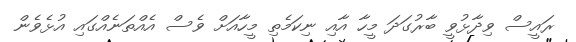
ރައީސް ވިދާޅުވީ ބާރުގަދަ މީހާ އާއި ނިކަމެތި މީހާއަށް ވެސް އެއްތަނެއްގައި އުޅެވެން